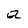
Character: a